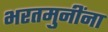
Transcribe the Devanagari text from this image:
भरतमुनींना